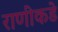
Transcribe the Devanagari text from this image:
राणींकडे